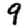
Digit: 9